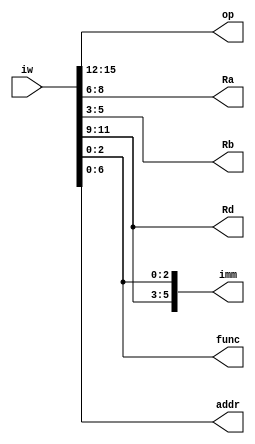
module ir(iw,op,Ra,Rb,Rd,func,imm,addr);
input [15:0] iw; output [3:0]op; 
output [2:0] Ra, Rb, Rd, func; output [5:0] imm; 
output  [6:0] addr;
assign op = iw[15:12]; 
assign Ra = iw[8:6]; 
assign Rb = iw[5:3];
assign Rd = iw[11:9];
assign func = iw[2:0];
assign imm[5:3] = iw[11:9];
assign imm[2:0] = iw[2:0];
assign addr = iw[6:0];
endmodule